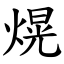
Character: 熀